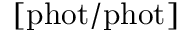
[ \mathrm { p h o t / p h o t } ]